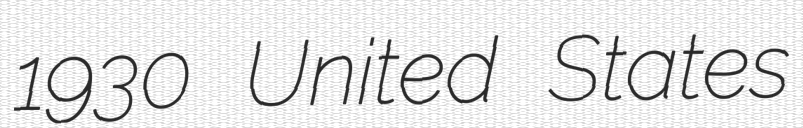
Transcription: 1930 United States